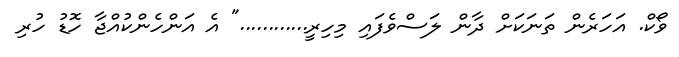
ވޯކް. އަހަރެން ތަނަކަށް ދާން ލަސްވެފައި މިހިރީ............" އެ އަންހެންކުއްޖާ ހޮޑު ހުރި